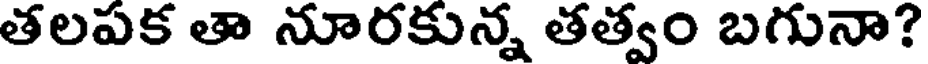
తలపక తా నూరకున్న తత్వం బగునా?